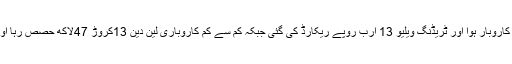
گذشتہ ہفتے زیادہ سے زیادہ 21کروڑ 21لاکھ حصص کا کاروبار ہوا اور ٹریڈنگ ویلیو 13 ارب روپے ریکارڈ کی گئی جبکہ کم سے کم کاروباری لین دین 13کروڑ 47لاکھ حصص رہا اور اس دن ٹریڈنگ ویلیو 8ارب روپے تک محدود دیکھا گیا۔